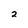
Character: 2